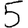
Digit: 5